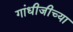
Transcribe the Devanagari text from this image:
गांधीजीच्या